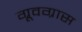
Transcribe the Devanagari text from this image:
ग्रूवग्रास